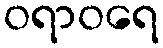
ဝရာဝရေ